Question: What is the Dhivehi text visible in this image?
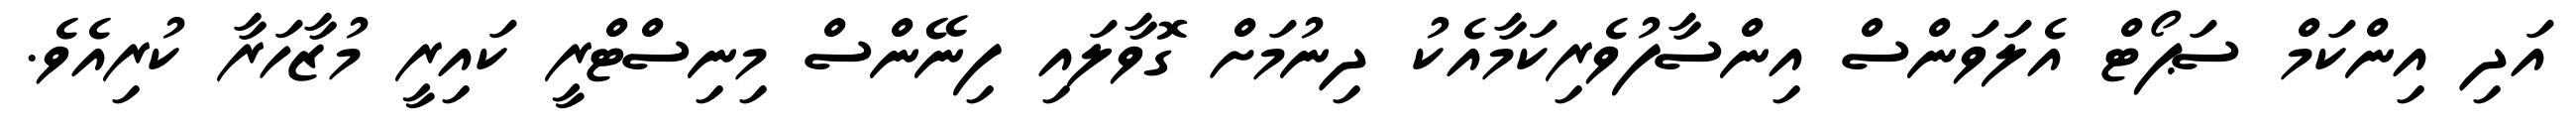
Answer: އަދި އިންކަމް ސަޕޯޓް އެލަވަންސް އިންސާފުވެރިކަމާއެކު ދިނުމަށް ގޮވާލައި ފިނޭންސް މިނިސްޓްރީ ކައިރީ މުޒާހަރާ ކުރިއެވެ.